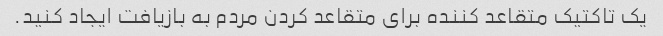
یک تاکتیک متقاعد کننده برای متقاعد کردن مردم به بازیافت ایجاد کنید.